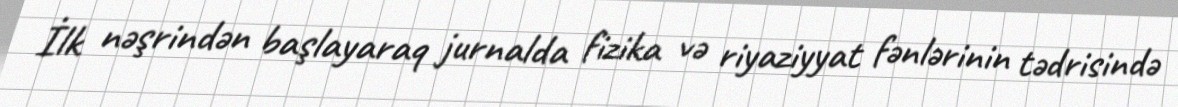
İlk nəşrindən başlayaraq jurnalda fizika və riyaziyyat fənlərinin tədrisində